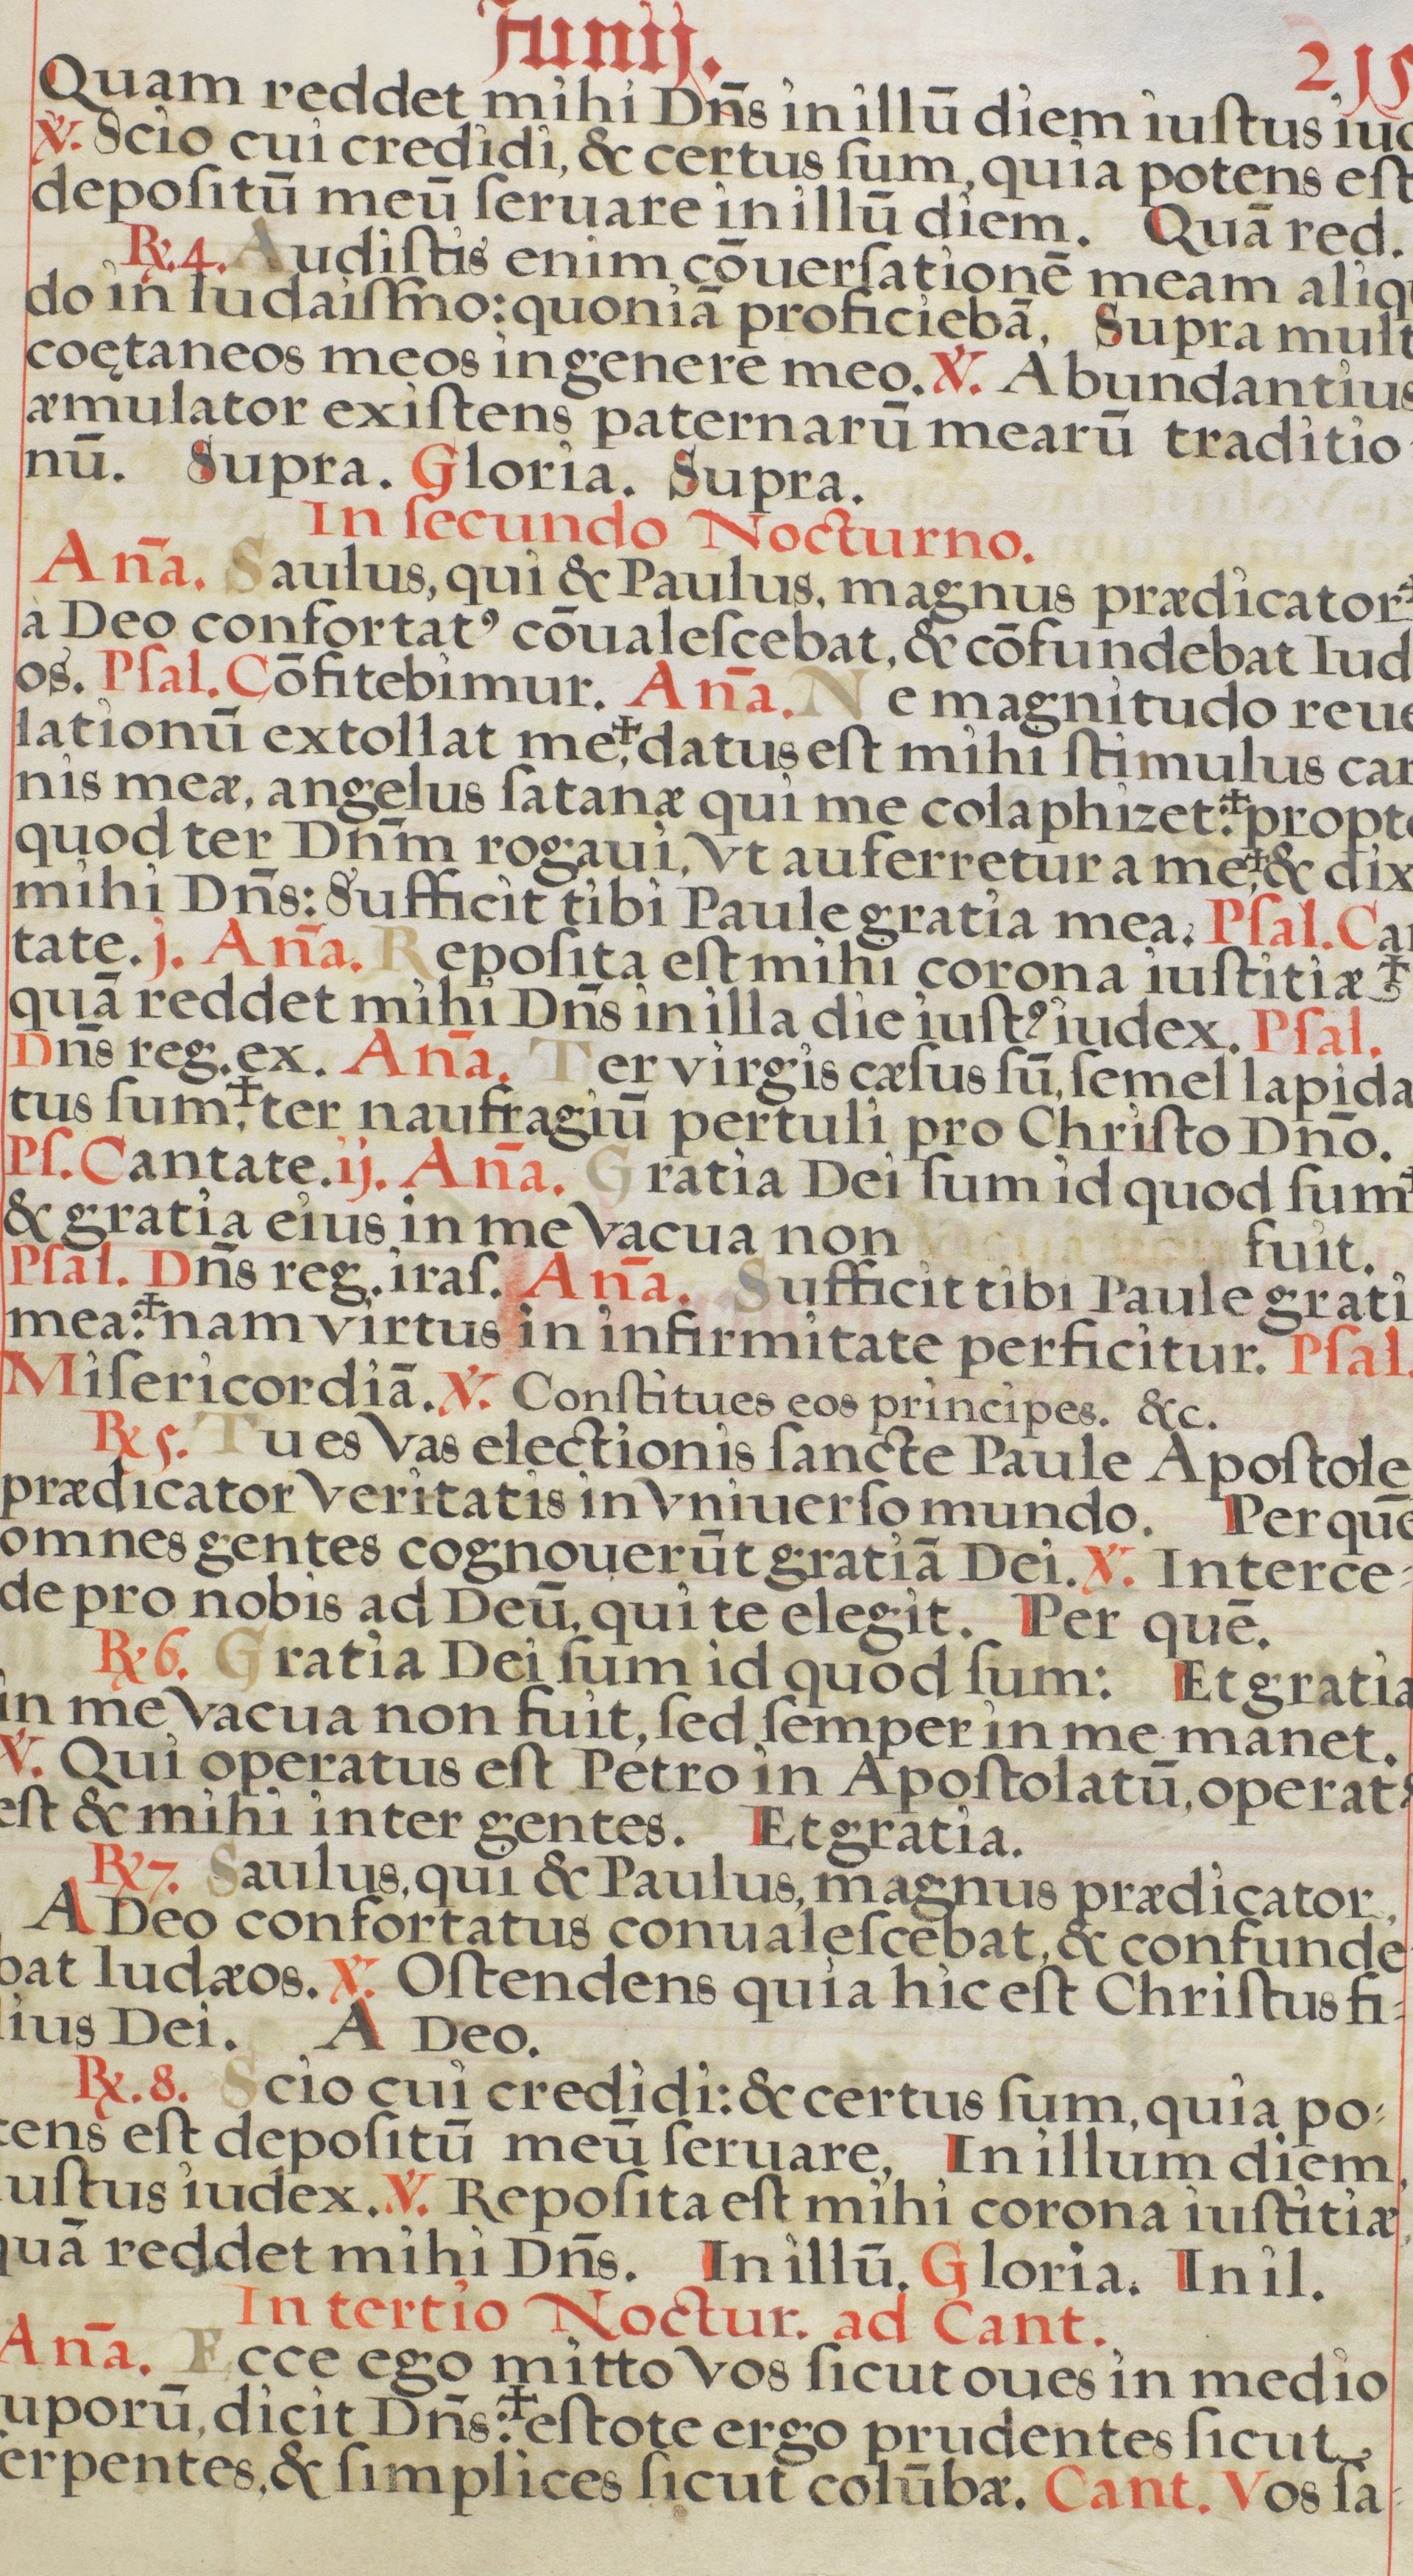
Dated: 1618–1618